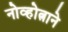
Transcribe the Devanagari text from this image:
नोव्होत्नाने